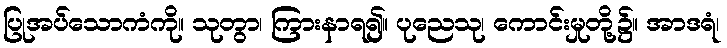
ပြုအပ်သောကံကို။ သုတွာ၊ ကြားနာရ၍။ ပုညေသု၊ ကောင်းမှုတို့၌။ အာဒရံ၊